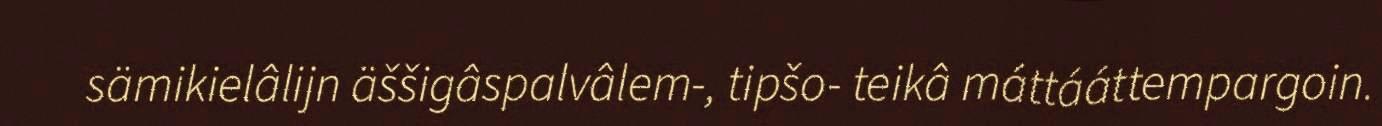
sämikielâlijn äššigâspalvâlem-, tipšo- teikâ máttááttempargoin.